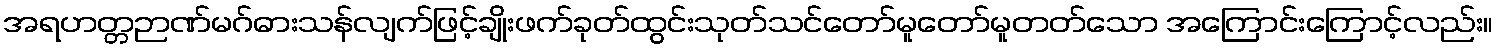
အရဟတ္တဉာဏ်မဂ်ဓားသန်လျက်ဖြင့်ချိုးဖက်ခုတ်ထွင်းသုတ်သင်တော်မူတော်မူတတ်သော အကြောင်းကြောင့်လည်း။